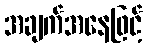
အချက်အနေဖြင့်